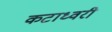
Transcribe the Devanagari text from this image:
कटाध्वरी